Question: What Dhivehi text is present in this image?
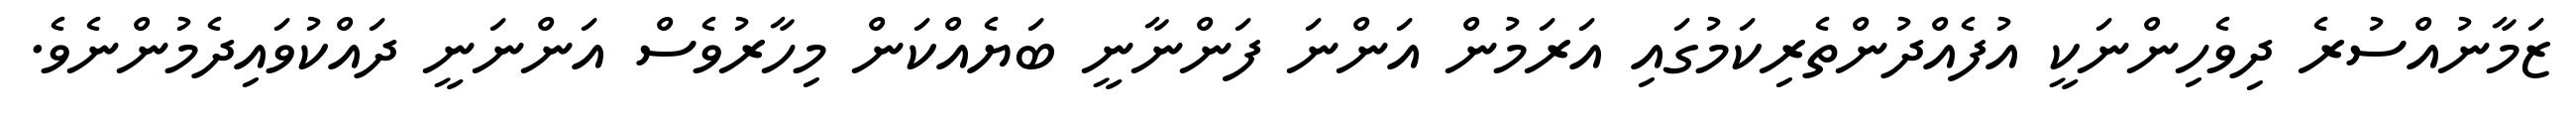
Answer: ޒަމާނުއްސުރެ ދިވެހިންނަކީ އުފެއްދުންތެރިކަމުގައި އަރަމުން އަންނަ ފަންނާނީ ބަޔެއްކަން މިހާރުވެސް އަންނަނީ ދައްކުވައިދެމުންނެވެ.